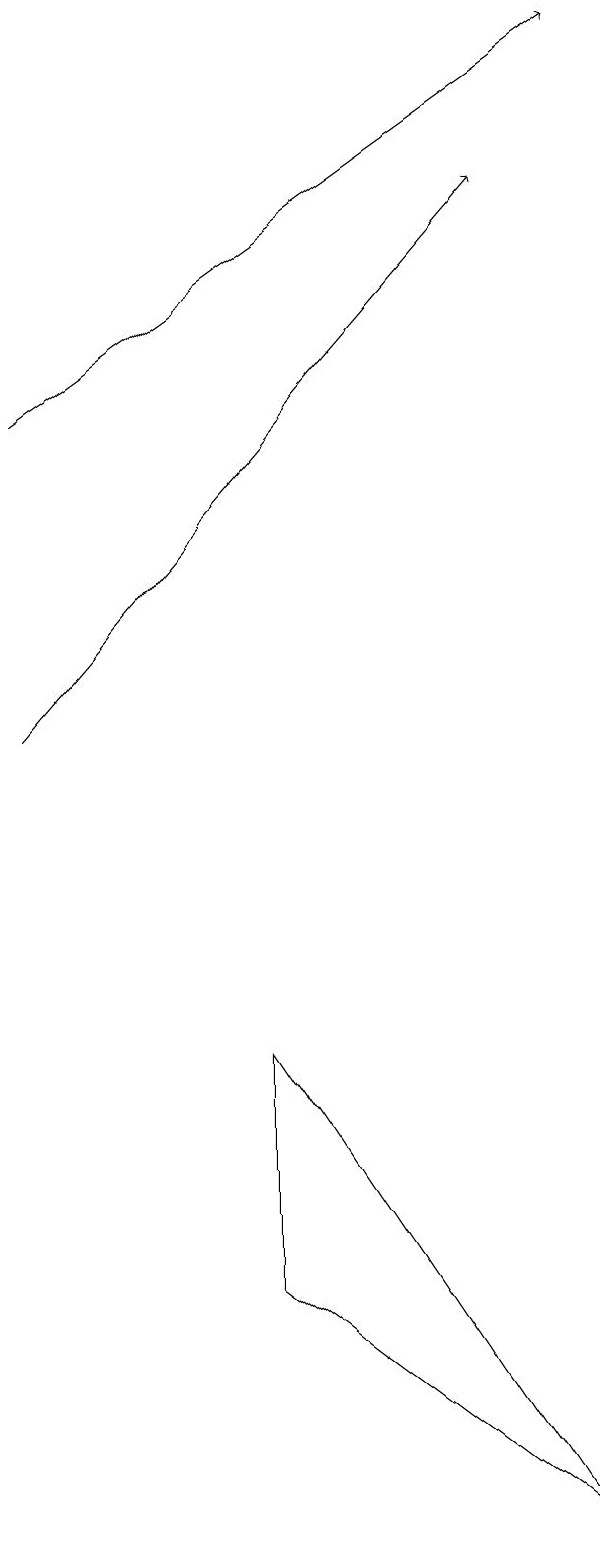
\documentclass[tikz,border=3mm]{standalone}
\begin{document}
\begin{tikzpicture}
\draw[->] (1,10) -- (7,17);
\draw[->] (1,14) -- (8,19);
\draw (8,0) -- (4,6) -- (4,3) -- cycle;
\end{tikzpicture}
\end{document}